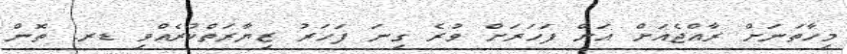
މިހާތަނަށް ރާއްޖެއަށް އަށް ފަހަރަށް ވުރެ ގިނަ ފަހަރު ޒިޔާރަތްކުރެއްވި ޑރ. ތޮން